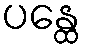
ပန္ထေ